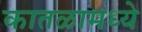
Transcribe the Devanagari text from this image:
कातळामध्ये